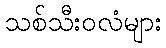
သစ်သီးဝလံများ